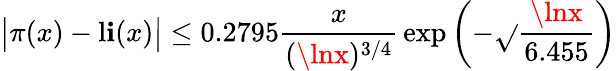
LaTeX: {\big|}\pi(x)-\operatorname{l\mathbf{i}}(x){\big|}\leq0.2795{\frac{{x}}{{(\lnx)^{3/4}}}}\exp\left(-{\sqrt{}{{\frac{{\lnx}}{{6.455}}}}}\right)